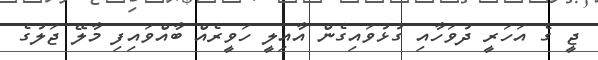
ޖީ ގެ އަހަރީ ދުވަހާއި ގުޅުވައިގެން އާއިލީ ހަވީރެއް ބާއްވައިފި މާލޭ ޖަލުގެ